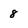
Character: 8